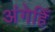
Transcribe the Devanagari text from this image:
अंगेहिँ